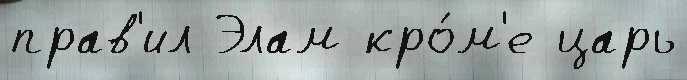
прав'ил Элам кро́м'е царь